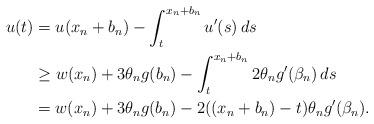
LaTeX: \begin{align*}u(t) & = u(x_n + b_n) - \int_t^{x_n + b_n} u'(s) \, ds \\& \geq w(x_n) + 3 \theta_n g (b_n) - \int_t^{x_n + b_n} 2\theta_n g' (\beta_n)\, ds\\& = w(x_n) + 3\theta_n g (b_n) - 2((x_n + b_n) - t)\theta_n g'(\beta_n).\end{align*}